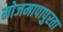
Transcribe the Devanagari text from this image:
मोजमापापुरता